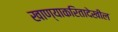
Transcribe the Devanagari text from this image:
खाण्याकरितादेखील